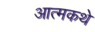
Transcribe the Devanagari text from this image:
आत्मकथे